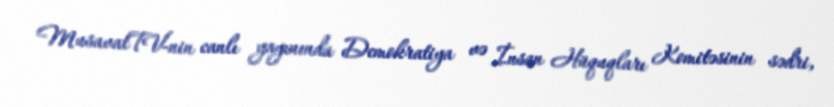
MusavatTV-nin canlı yayınında Demokratiya və İnsan Hüquqları Komitəsinin sədri,